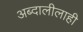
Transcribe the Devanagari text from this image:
अब्दालीलाही